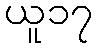
ယူ၁၇